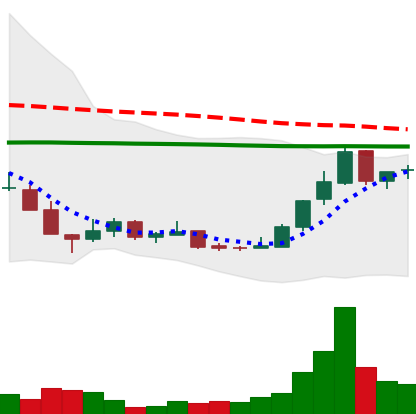
Ticker: LINK-USD
Chart end date: 2018-12-23
Forward return: -4.751%
Label: down_3_5